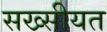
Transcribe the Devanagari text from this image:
सख्सीयत